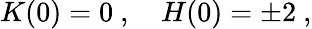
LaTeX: K(0)=0\ ,\quad H(0)=\pm 2\ ,